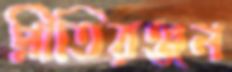
প্রীতিরঞ্জন